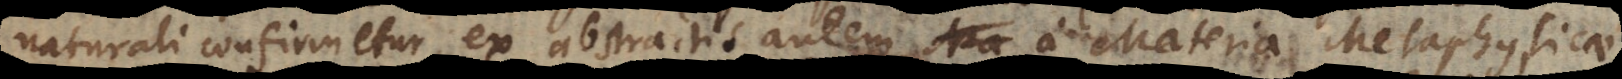
naturali confirmetur, ex abstractis autem a Materia Metaphysicae